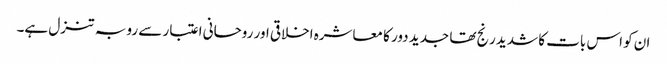
ان کو اس بات کا شدید رنج تھا جدید دور کا معاشرہ اخلاقی اور روحانی اعتبار سے رو بہ تنزل ہے۔